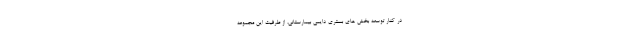
در کنار توسعه بخش های بستری دایمی بیمارستانی، از طرفیت این مجموعه